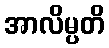
အာလိမ္ပတိ